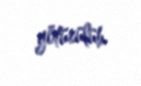
götürülüb.